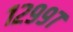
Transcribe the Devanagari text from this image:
१२९९७